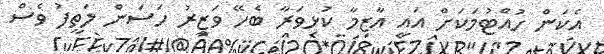
އެކަން ހުއްޓުމަކަށް އައީ އާޒިމާ ކުޅިވަރާ ބެހޭ ވަޒީރު ހަސަން ލަތީފު ވެސް